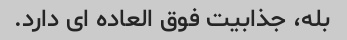
بله، جذابیت فوق العاده ای دارد.